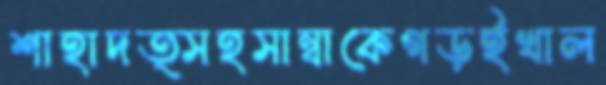
শাহাদত্সহসাম্বাকেগড়ইখাল